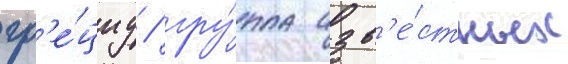
гр'е́циу / гру́ппа изв'е́стных